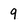
Character: 9